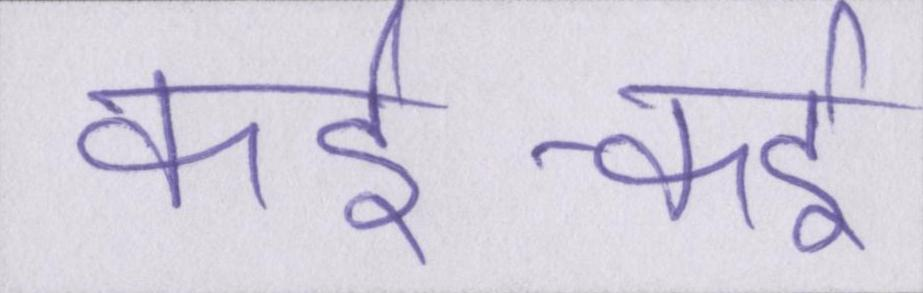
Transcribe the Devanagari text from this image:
कई-कई